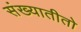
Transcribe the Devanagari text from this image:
संख्यातीतो